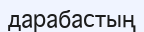
дарабастың